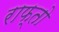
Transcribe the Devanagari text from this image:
राफ्तो